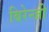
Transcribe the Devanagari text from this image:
बिरेन्जी